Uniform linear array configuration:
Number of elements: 8
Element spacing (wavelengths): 0.75
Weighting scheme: kaiser
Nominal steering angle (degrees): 45
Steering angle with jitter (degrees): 44.876
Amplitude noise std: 0.05
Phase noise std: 0.05

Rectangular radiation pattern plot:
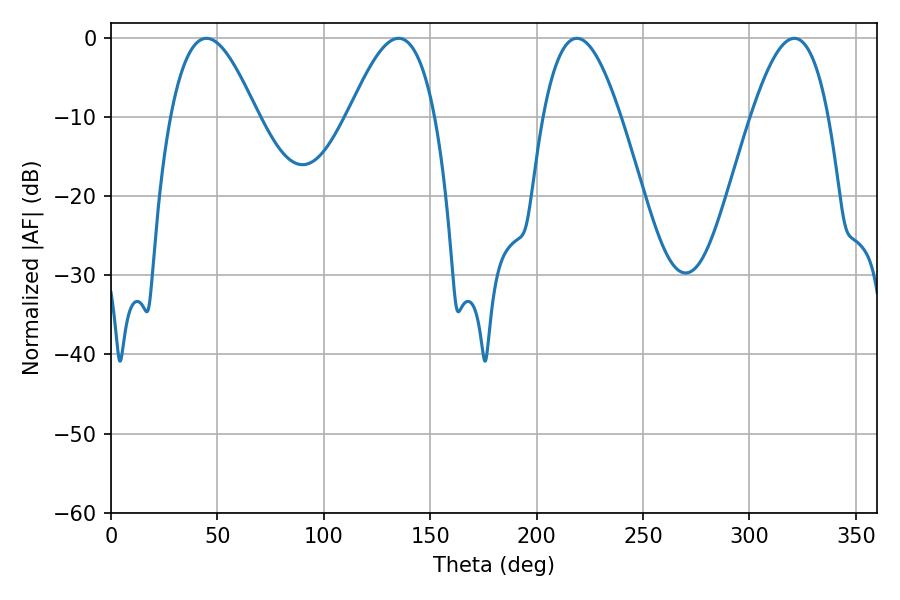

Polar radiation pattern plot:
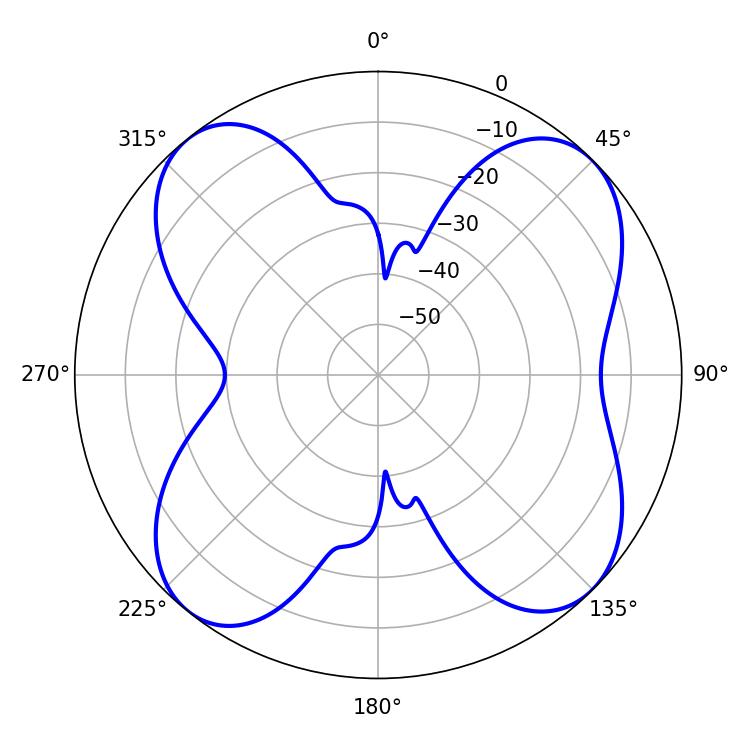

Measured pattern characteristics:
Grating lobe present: TRUE
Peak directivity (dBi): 11.571
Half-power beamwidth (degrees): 19.8
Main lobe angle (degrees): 218.88